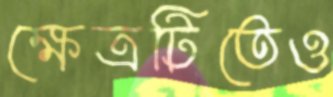
ক্ষেত্রটিতেও